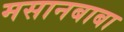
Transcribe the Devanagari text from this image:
मसानबाबा